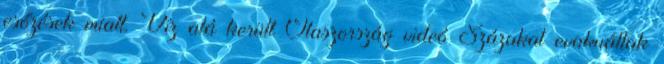
esőzések miatt. Víz alá került Olaszország videó Százakat evakuáltak